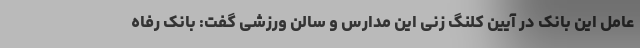
عامل این بانک در آیین کلنگ زنی این مدارس و سالن ورزشی گفت: بانک رفاه